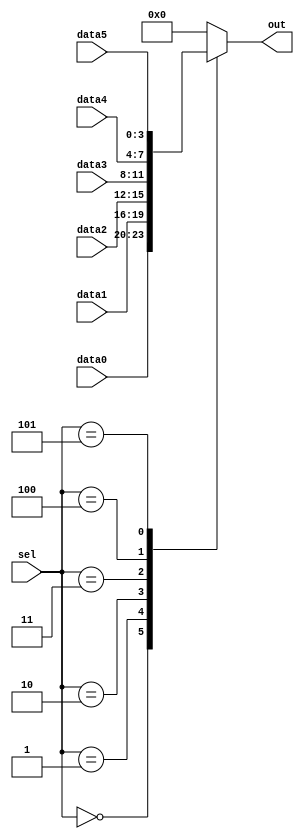
// create a 6-to-1 multiplexer. 
// When sel is between 0 and 5, choose the corresponding data input. 
// Otherwise, output 0. The data inputs and outputs are all 4 bits wide.
// synthesis verilog_input_version verilog_2001
module top_module ( 
    input [2:0] sel, 
    input [3:0] data0,
    input [3:0] data1,
    input [3:0] data2,
    input [3:0] data3,
    input [3:0] data4,
    input [3:0] data5,
    output reg [3:0] out   );//

    always@(*) begin  // This is a combinational circuit
        case (sel)
            3'b000: out = data0;
            3'b001: out = data1;
            3'b010: out = data2;
            3'b011: out = data3;
            3'b100: out = data4;
            3'b101: out = data5;
            default: out = 4'b0000;
        endcase
    end

endmodule